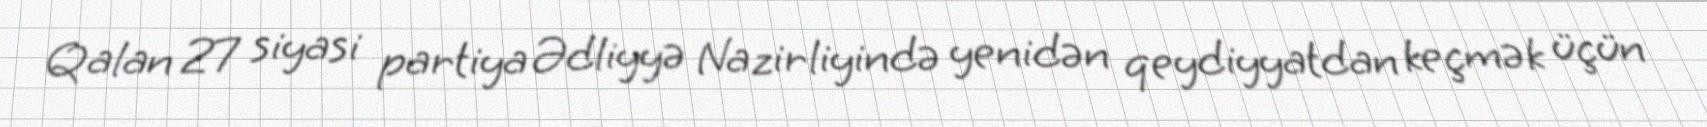
Qalan 27 siyasi partiya Ədliyyə Nazirliyində yenidən qeydiyyatdan keçmək üçün